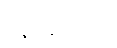
လိုင်းသည်